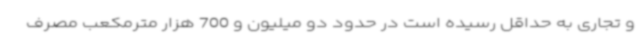
و تجاری به حداقل رسیده است در حدود دو میلیون و 700 هزار مترمکعب مصرف